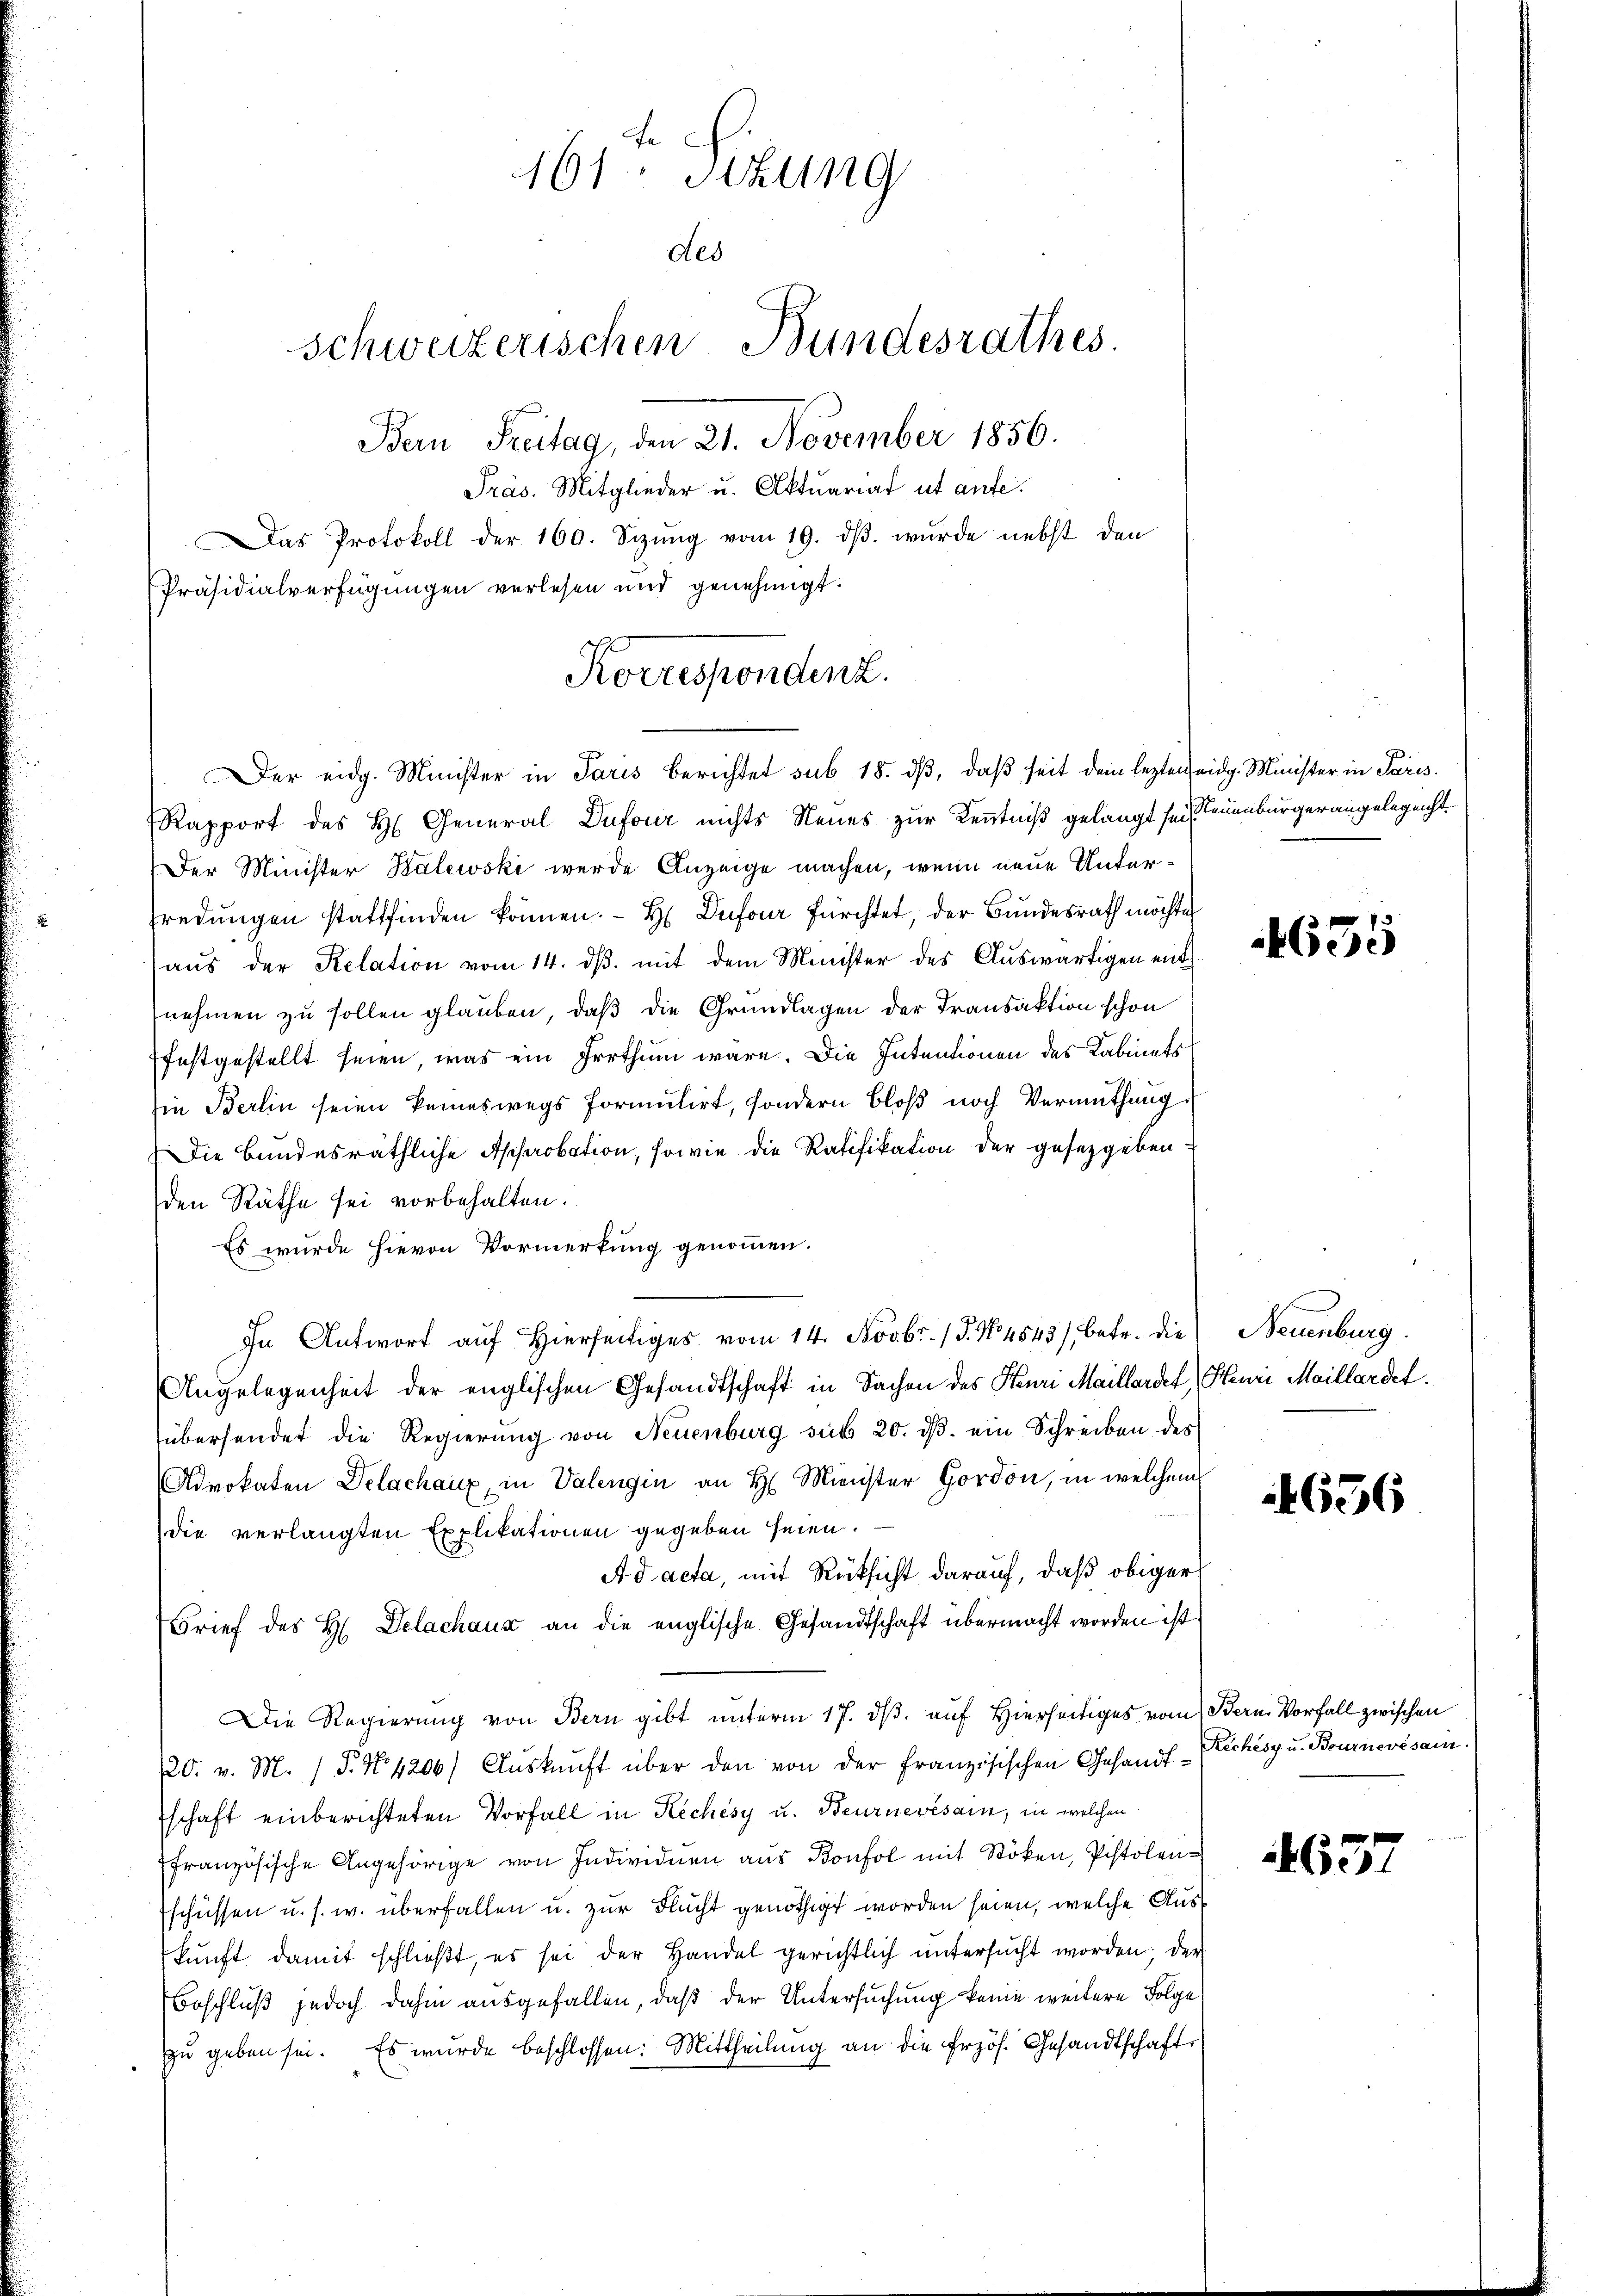
e
161 Sitzung
des
schweizerischen Bundesrathes.
Bern Freitag, den 21. November 1856.
Präs. Mitglieder u. Aktuariat ut aufe.
Das Protokoll der 160. Sizŭng vom 19. dβ. wurde nebst den
Präsidialverfügungen verlesen und genehmigt.

Korrespondenz.
Der eidg. Minister in Paris berichtet sub 18. dβ, daß seit dem lezten eidg. Minister in Paris

Rapport des H. General Dufour nichts Neues zur Kenntniß gelangt sei neuenburgerangelegenst
Der Minister Balewski werde Anzeige machen, wenn neue Unterfredungen stattfinden können. - H Dufour fürchtet, der Bundesrath möchte
aŭs der Relation vom 14. dβ. mit dem Minister des Auswärtigen entnehmen zu sollen glauben, daß die Grundlagen der Transaktion schon
festgestellt seien, was ein Irrthum wäre. Die Intentionen des Kabinets
Ein Berlin seien keineswegs formulirt, sondern bloß noch Vermuthung
Die bundesräthliche Approbation, sowie die Ratifikation der gesetzgeben
den Räthe sei vorbehalten.
Es wurde hievon Vormerkung genommen.
In Antwort auf hierseitiges vom 14. Novbr. / 5. No 4543), betr. die Neuenburg.
Angelegenheit der englischen Gesandtschaft in Sachen des Henri Maillardet, Henri Meillardet.
übersendet die Regierung von Neuenburg sub 20. dβ. ein Schreiben des
Advokaten Delachaux, in Valengin an H. Minister Gordon, in welchem
die verlangten Explikationen gegeben seien.
Ad acta, mit Rücksicht darauf, daß obiger
Brief des H. Delachaus an die englische Gesandtschaft übermacht worden ist.
Die Regierung von Bern gibt unterm 17. ds. auf Hierseitiges vom Bern Vorfall zwischen
20. v. M. P. Nr. 4206/ Aŭskŭnft über den von der französischen Gesandt-Kechésy u. Bournevésain.
schaft einberichteten Vorfall in Rechésy u. Beurnevésam, in welchen
französische Angehörige von Individuen aŭs Bonfol mit Stöken, Pistolen-
schüssen u. s. w. überfallen u. zur Flucht genöthigt worden seien, welche Auskunft damit schließt, es sei der Handel gerichtlich untersucht worden; der
Beschluß jedoch dahin ausgefallen, daß der Untersuchung keine weitere Folge
zu geben sei. Es wurde beschlossen: Mittheilung an die Erzös. Gesandtschaft

4635

4656

463.